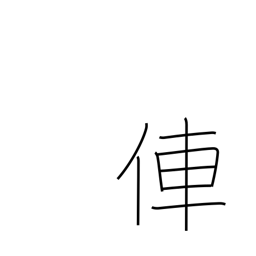
Meaning: rickshaw